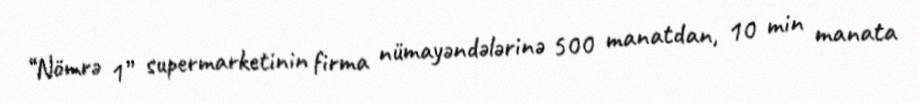
“Nömrə 1” supermarketinin firma nümayəndələrinə 500 manatdan, 10 min manata